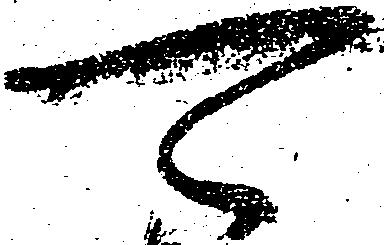
可